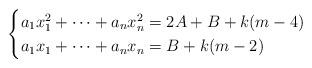
LaTeX: \begin{align*} \begin{cases} a_1x_1^2+\cdots+a_nx_n^2=2A+B+k(m-4)\\ a_1x_1+\cdots+a_nx_n=B+k(m-2)\\\end{cases}\end{align*}